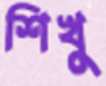
শিখু